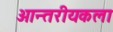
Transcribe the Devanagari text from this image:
आन्तरीयकला